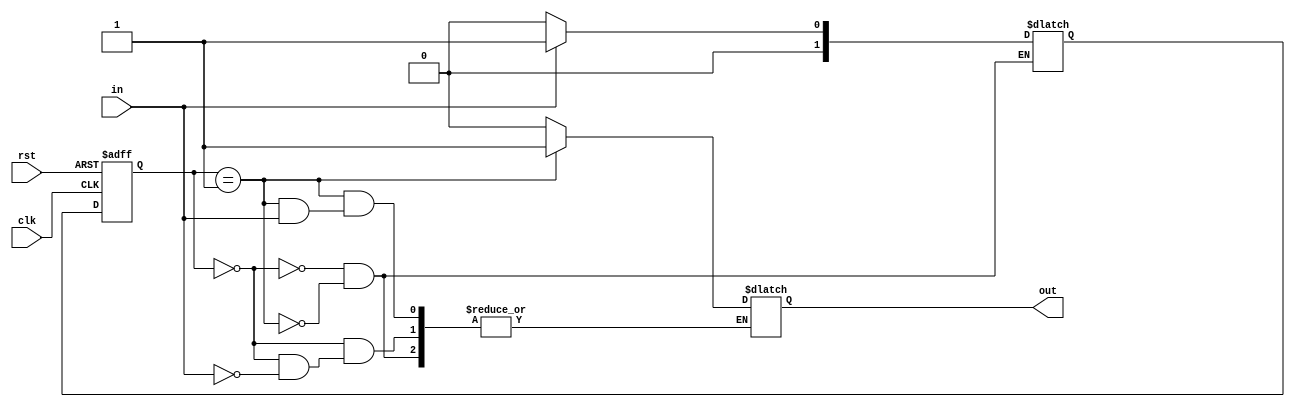
module mealy_fsm (
  output reg out,
  input wire in,
  input wire rst,
  input wire clk
);
  reg [1:0] state;      // Declare state variable
  reg [1:0] next_state; // Declare next_state variable

  always @(posedge clk or posedge rst)
    if (rst)
      state <= 0;
    else
      state <= next_state;

  always @(state, in)
    case (state)
      0: // Idle
        if (in == 1) begin
          next_state = 1;
          out = 0;
        end else
          next_state = 0;
      1: // Waiting for edge
        if (in == 0) begin
          next_state = 0;
          out = 1;
        end else
          next_state = 1;
    endcase

endmodule